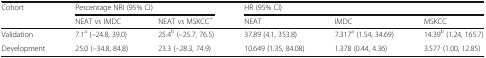
| <ROWSPAN=2> Cohort | <COLSPAN=2> Percentage NRI (95% CI) | <COLSPAN=3> HR (95% CI) |
 | NEAT vs IMDC | NEAT vs MSKCC+ | NEAT | IMDC | MSKCC |
 | --- | --- | --- | --- | --- | --- |
 | Validation | 7.1a (–24.8, 39.0) | 25.4b (–25.7, 76.5) | 37.89 (4.1, 353.8) | 7.317a (1.54, 34.69) | 14.39b (1.24, 165.7) |
 | Development | 25.0 (–34.8, 84.8) | 23.3 (–28.3, 74.9) | 10.649 (1.35, 84.08) | 1.378 (0.44, 4.36) | 3.577 (1.00, 12.85) |